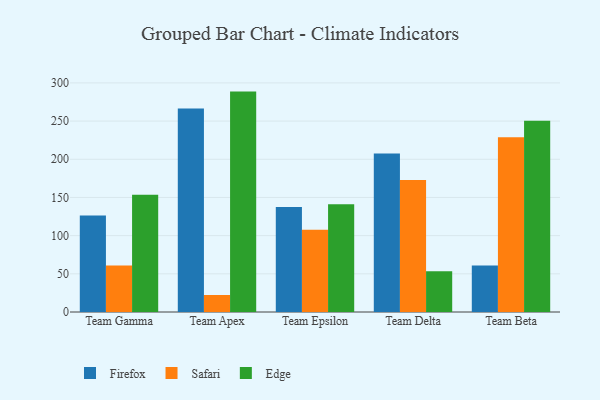
{"axis": {"x": "Team", "y": "Page Views"}, "legend": ["Edge", "Firefox", "Safari"], "data": [{"x": "Team Gamma", "y": 126.2, "type": "Firefox"}, {"x": "Team Gamma", "y": 60.9, "type": "Safari"}, {"x": "Team Gamma", "y": 153.5, "type": "Edge"}, {"x": "Team Apex", "y": 266.6, "type": "Firefox"}, {"x": "Team Apex", "y": 22.3, "type": "Safari"}, {"x": "Team Apex", "y": 288.6, "type": "Edge"}, {"x": "Team Epsilon", "y": 137.4, "type": "Firefox"}, {"x": "Team Epsilon", "y": 107.8, "type": "Safari"}, {"x": "Team Epsilon", "y": 141.2, "type": "Edge"}, {"x": "Team Delta", "y": 207.4, "type": "Firefox"}, {"x": "Team Delta", "y": 172.7, "type": "Safari"}, {"x": "Team Delta", "y": 53.3, "type": "Edge"}, {"x": "Team Beta", "y": 61.0, "type": "Firefox"}, {"x": "Team Beta", "y": 228.7, "type": "Safari"}, {"x": "Team Beta", "y": 250.4, "type": "Edge"}]}